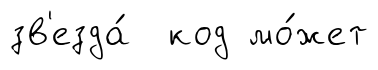
зв'езда́ код мо́жет